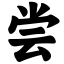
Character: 尝